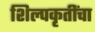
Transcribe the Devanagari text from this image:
शिल्पकृतींचा